Report on horse surra - Volume II, Part II
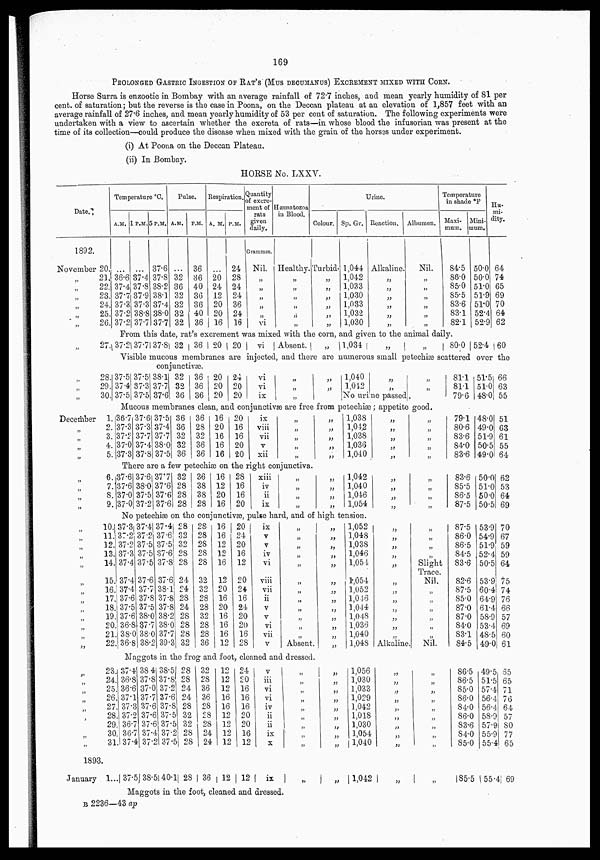
169
PROLONGED GASTRIC INGESTION OF RAT'S (MUS DECUMANUS) EXCREMENT MIXED WITH CORN.
Horse Surra is enzootic in Bombay with an average rainfall of 72.7 inches, and mean yearly humidity of 81 per
cent. of saturation ; but the reverse is the case in Poona, on the Deccan plateau at an elevation of 1,857 feet with an
average rainfall of 27.6 inches, and mean yearly humidity of 53 per cent of saturation. The following experiments were
undertaken with a view to ascertain whether the excreta of rats—in whose blood the infusorian was present at the
time of its collection—could produce the disease when mixed with the grain of the horses under experiment.
(i) At Poona on the Deccan Plateau.
(ii) In Bombay.
HORSE No. LXXV.
Date.
1892.
November 20.
„
„
„
„
„
„
„
„
„
„
December
„
„
„
„
„
„
„
„
„
„
„
„
„
„
„
„
„
„
„
„
„
„
„
„
„
„
„
„
„
„
„
„
21.
22.
23.
24.
25.
26.
Temperature °C.
A.M.
...
36.6
37.4
37.7
37.3
37.2
37.2
1 P.M.
...
37.4
37.8
37.9
37.3
38.8
37.7
5 P.M.
37.6
37.8
38.2
38.1
37.4
38.0
37.7
Pulse.
A.M.
...
32
36
32
32
32
32
P.M.
36
36
40
36
36
40
36
Respiration.
A. M.
....
20
24
12
20
20
16
P. M.
24
28
24
24
36
24
16
Quantity
of excre¬
ment of
rats
given
daily.
Grammes.
Nil.
„
„
„
„
„
vi
Hæmatozoa
in Blood.
Healthy.
„
„
„
„
„
„
Colour.
Turbid.
„
„
„
„
„
„
Urine.
Sp. Gr.
1,044
1,042
1,033
1,030
1,033
1,032
1,030
Reaction.
Alkaline.
„
„
„
„
„
„
Albumen
Nil.
„
„
„
„
„
„
Temperature
in shade
°F
Maxi¬
mum.
84.5
86.0
85.0
85.5
83.6
83.1
82.1
Mini¬
mum.
50.0
50.0
51.0
51.9
51.0
52.4
52.9
Hu¬
mi¬
dity.
64
74
65
69
70
64
62
From this date, rat's excrement was mixed with the corn, and given to the animal daily.
27.
37.2 37.7 37.8 32 36 . 20 20
vi
Absent.
„
1,034
„
„
80.0 52.4 60
Visible mucous membranes are injected, and there are numerous small petechias scattered over the
conjunctivae.
28.
29.
30.
37.5
37.4
37.5
37.5
37.3
37.5
38.1
37.7
37.6
32
32
36
36
36
36
20
20
20
24
20
20
vi
vi
ix
„
„
„
„
„
„
1,040
1,012
„
„
No urine passed
„
„
81.1
81.1
79.6
51.5
51.0
48.0
66
63
55
Mucous membranes clean, and conjunctivae are free from petechiæ ; appetite good.
1.
2.
3.
4.
5.
36.7
37.3
37.2
37.0
37.3
37.6
37.3
37.7
37.4
37.8
37.5
37.4
37.7
38.0
37.5
36
36
32
32
36
36
28
32
36
36
16
20
16
16
16
20
16
16
20
20
ix
viii
vii
v
xii
„
„
„
„
„
„
„
„
„
„
1,038
1,042
1,038
1,036
1,040
„
„
„
„
„
„
„
„
„
„
79.1
80.6
83.6
84.0
83.6
48.0
49.0
51.9
50.5
49.0
51
63
61
55
64
There are a few petechiæ on the right conjunctiva.
6.
7.
8.
9.
37.6
37.6
37.0
37.0
37.6
38.0
37.5
37.2
37.7
37.6
37.6
37.6
32
28
28
28
36
38
38
28
16
12
20
16
28
16
16
20
xiii
iv
ii
ix
„
„
„
„
„
„
„
„
1,042
1,040
1,046
1,054
„
„
„
„
„
„
„
„
83.6
85.5
86.5
87.5
50.0
51.0
50.0
50.5
62
53
64
69
No petechiæ on the conjunctivæ, pulse hard, and of high tension.
10
11
12
13
14
15
16
17
18
19
20
21
22
37.3
37.2
37.2
37.3
37.4
37.4
37.4
37.6
37.5
37.6
36.8
38.0
36.8
37.4
37.2
37.5
37.5
37.5
37.6
37.7
37.8
37.5
38.0
37.7
38.0
38.2
37.4
37.6
37.5
37.6
37.8
37.6
38.1
37.8
37.8
38.2
38.0
37.7
39.3
28
32
32
28
28
24
24
28
24
28
28
28
32
28
28
28
28
28
32
32
28
28
32
28
28
36
16
16
12
12
16
12
20
16
20
16
16
16
12
20
24
20
16
12
20
24
16
24
20
20
16
28
ix
v
v
iv
vi
viii
vii
ii
v
v
vi
vii
v
„
„
„
„
„
„
„
„
„
„
„
„
Absent.
„
„
„
„
„
„
„
„
„
„
„
„
„
1,052
1,048
1,038
1,046
1,054
l,054
1,052
1,046
1,044
1,048
1,036
1,040
1,048
„
„
„
„
„
„
„
„
„
„
„
„
Alkaline
„
„
„
„
Slight
Trace.
Nil.
„
„
„
„
„
„
Nil.
87.5
86.0
86.5
84.5
83.6
82.6
87.5
85.0
87.0
87.0
84.0
83.1
84.5
53.9
54.9
51.8
52.4
50.5
53.9
60.4
64.9
61.4
58.9
53.4
48.5
49.0
70
67
59
59
64
75
74
76
66
57
69
60
61
Maggots in the frog and foot, cleaned and dressed.
23
24
25
26
27
28
29
30
31
37.4
36.8
36.6
37.1
37.3
37.2
36.7
36.7
37.4
38.4
37.8
37.0
37.7
37.6
37.6
37.6
37.4
37.2
38.5
37.8
37.2
37.6
37.8
37.5
37.5
37.2
37.5
28
28
24
24
28
32
32
28
28
32
28
36
36
28
28
28
24
24
12
12
12
16
16
12
12
12
12
24
20
16
16
16
20
20
16
12
v
iii
vi
vi
iv
ii
ii
ix
x
„
„
„
„
„
„
„
„
„
„
„
„
„
„
„
„
„
„
1,056
1,030
1,033
1,029
1,042
1,018
1,030
1,054
1,040
„
„
„
„
„
„
„
„
„
„
„
„
„
„
„
„
„
„
86.5
86.5
85.0
86.0
84.0
86.0
83.6
84.0
85.0
49.5
51.5
57.4
56.4
56.4
58.9
57.9
55.9
55.4
65
65
71
76
64
57
80
77
65
1893.
January 1... 37.5 38.5 40.l 28 36 12 12
ix
„
„ 1,042
„
„
85.5 55.4 69
Maggots in the foot, cleaned and dressed.
B 2236—43 ap